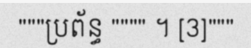
"""ប្រព័ន្ធ """" ។ [3]"""